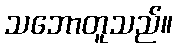
သဘောတူသည်။